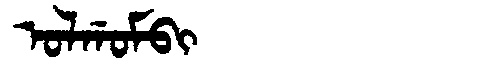
Manchu: ᠣᠯᡤᠣᠮᠪᡳ
Romanization: OLGOMBI